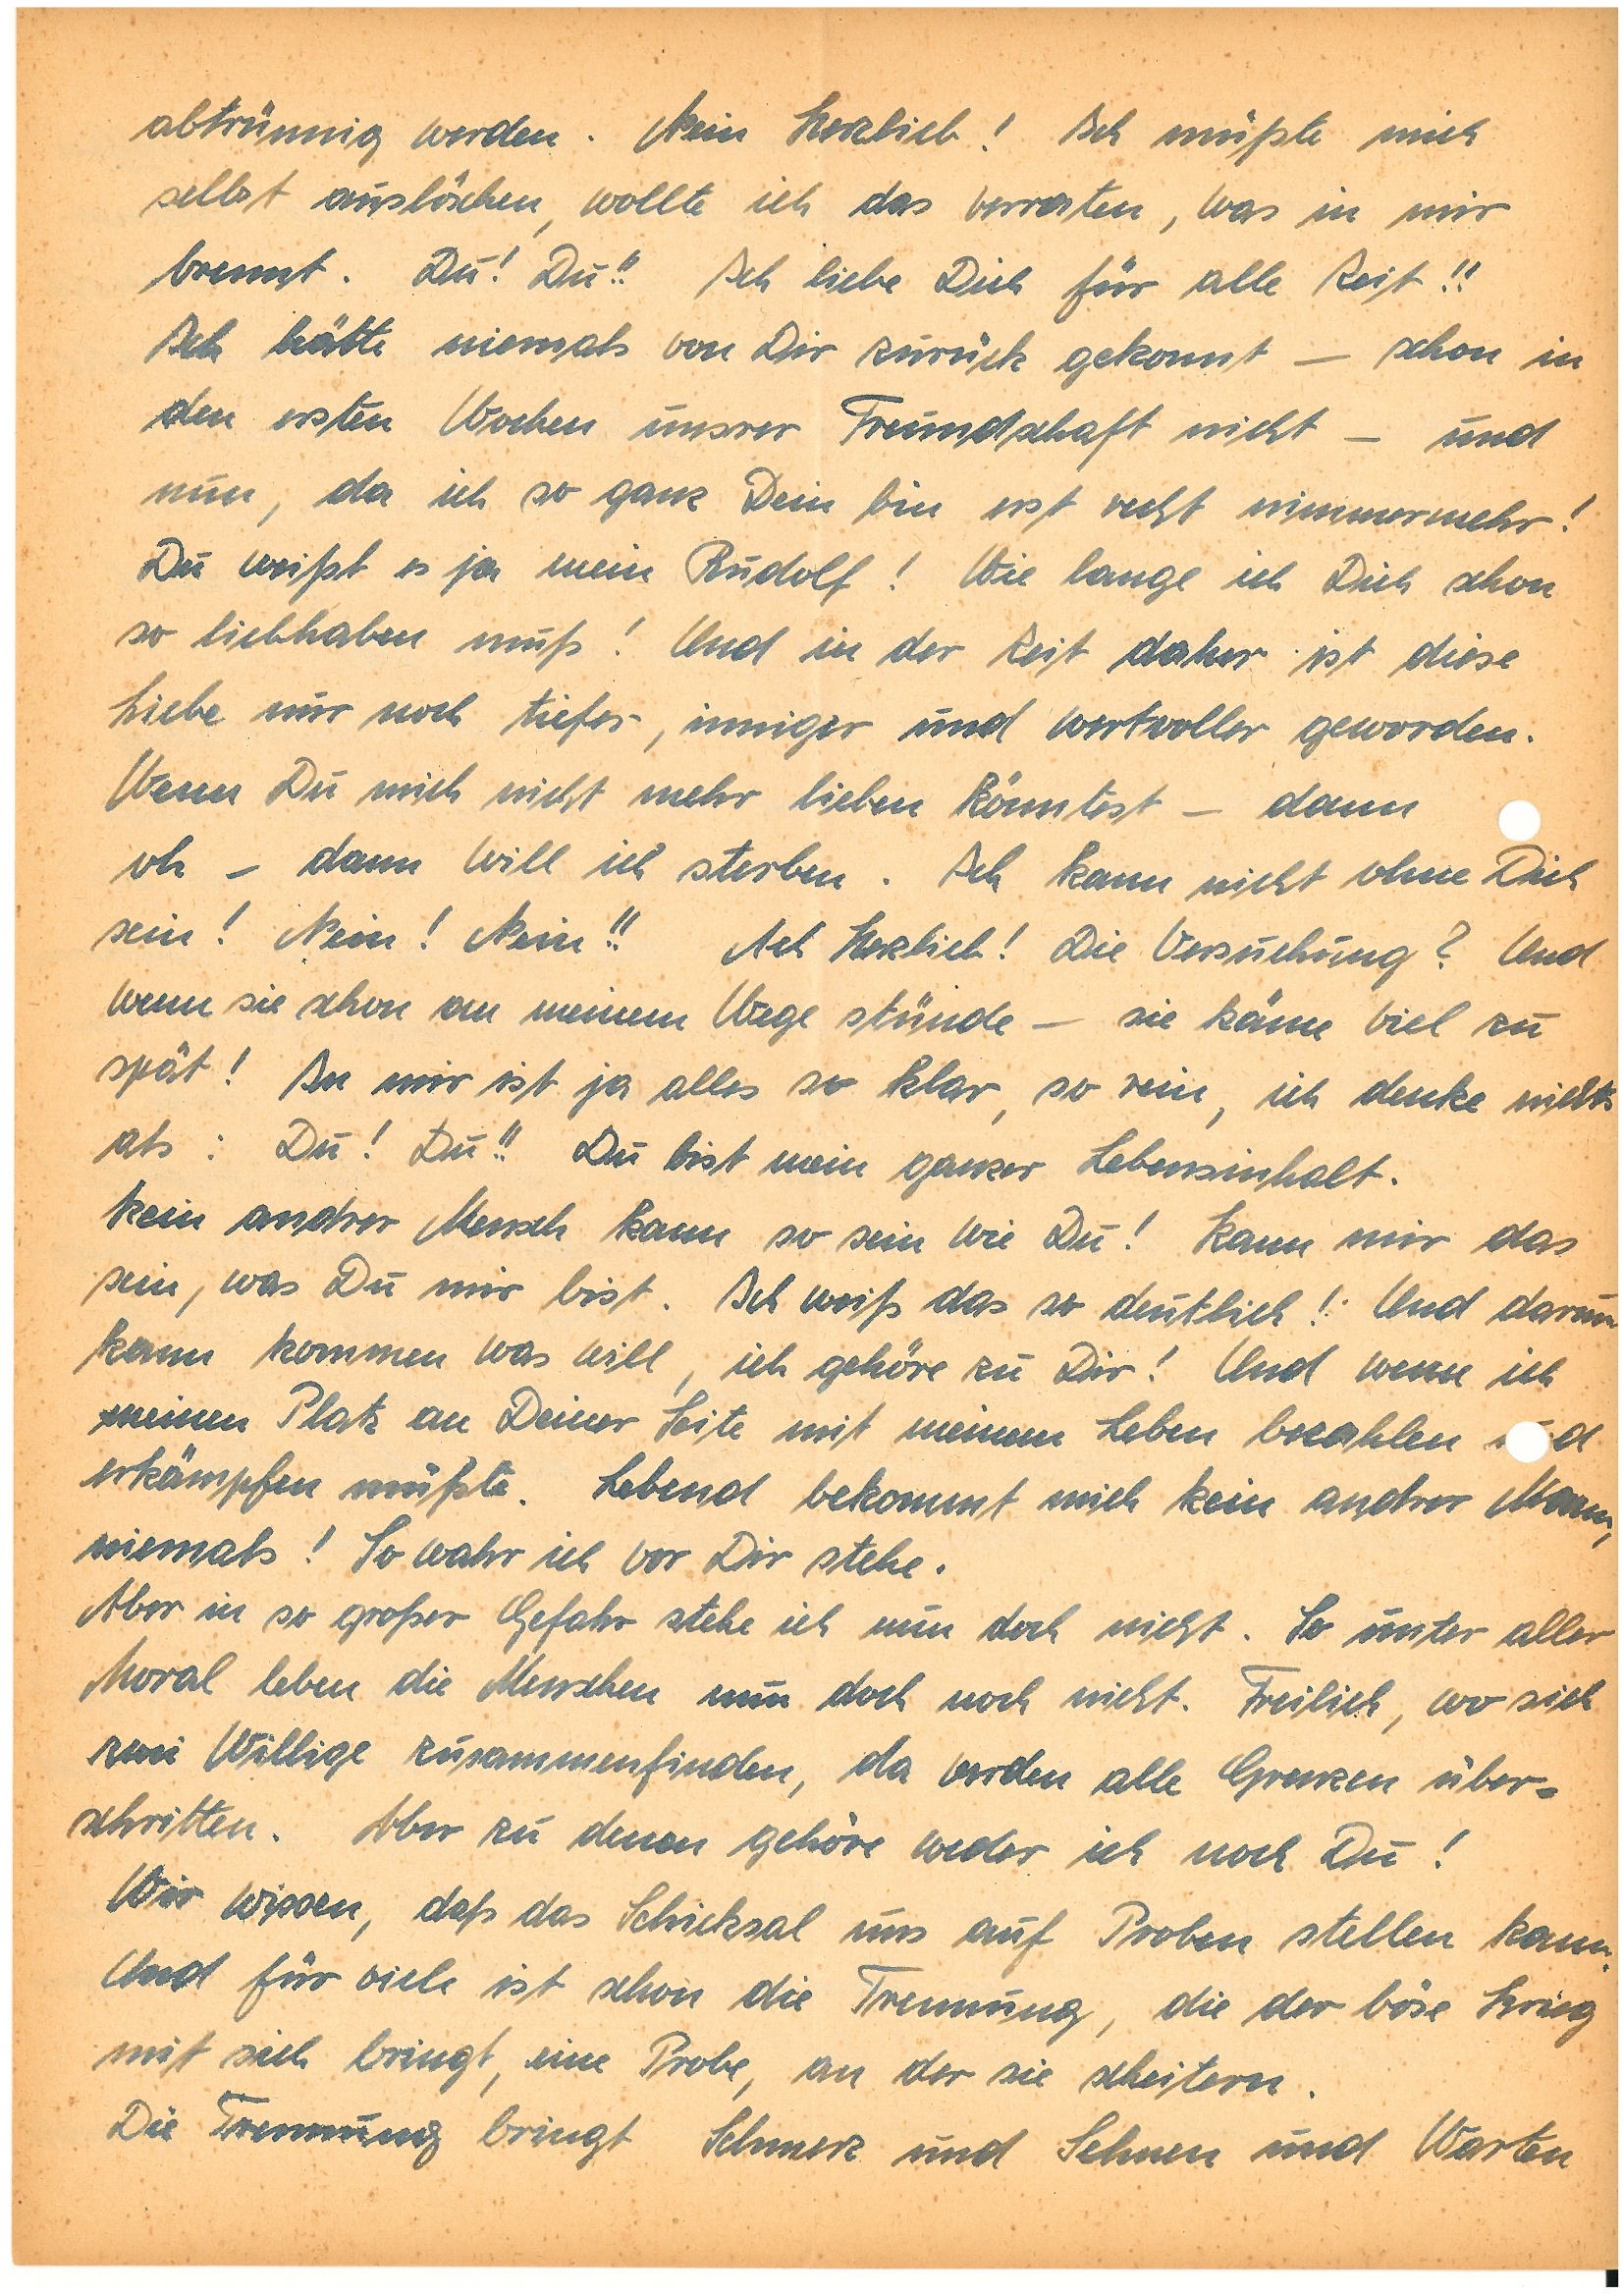
abtrünnig werden. Mein Herzlieb! Ich müßte mich
selbst auslöschen, wollte ich das verraten, was in mir
brennt. Du! Du!! Ich liebe Dich für alle Zeit!!
Ich hätte niemals von Dir zurück gekonnt – schon in
den ersten Wochen unsrer Freundschaft nicht – und
nun, da ich so ganz Dein bin erst recht nimmermehr!
Du weißt es ja mein! Wie lange ich Dich schon
so liebhaben muß! Und in der Zeit daher ist diese
Liebe mir noch tiefer, inniger und wertvoller geworden.
Wenn Du mich nicht mehr lieben könntest – dann
oh – dann will ich sterben. Ich kann nicht ohne Dich
sein! Nein! Nein!! Ach Herzlieb! Die Versuchung? Und
wenn sie schon an meinem Wege stünde – sie käme viel zu
spät! In mir ist ja alles so klar, so rein, ich denke nichts
als: Du! Du!! Du bist mein ganzer Lebensinhalt.
Kein andrer Mensch kann so sein wie Du! Kann mir das
sein, was Du mir bist. Ich weiß das so deutlich! Und darum
kann kommen was will, ich gehöre zu Dir! Und wenn ich
meinen Platz an Deiner Seite mit meinem Leben bezahlen und
erkämpfen müsste. Lebend bekommt mich kein andrer Mann,
niemals! So wahr ich vor Dir stehe.
Aber in so großer Gefahr stehe ich nun doch nicht. So unter aller
Moral leben die Menschen nun doch noch nicht. Freilich, wo sich
zwei Willige zusammenfinden, da werden alle Grenzen über¬
schritten. Aber zu denen gehöre weder ich noch Du!
Wir wissen, daß das Schicksal uns auf Proben stellen kann.
Und für viele ist schon die Trennung, die der böse Krieg
mit sich bringt, eine Probe, an der sie scheitern.
Die Trennung bringt Schmerz und Sehnen und Warten